Vaccination report Assam 1896-1927 - 1896-1927
Year: 1896
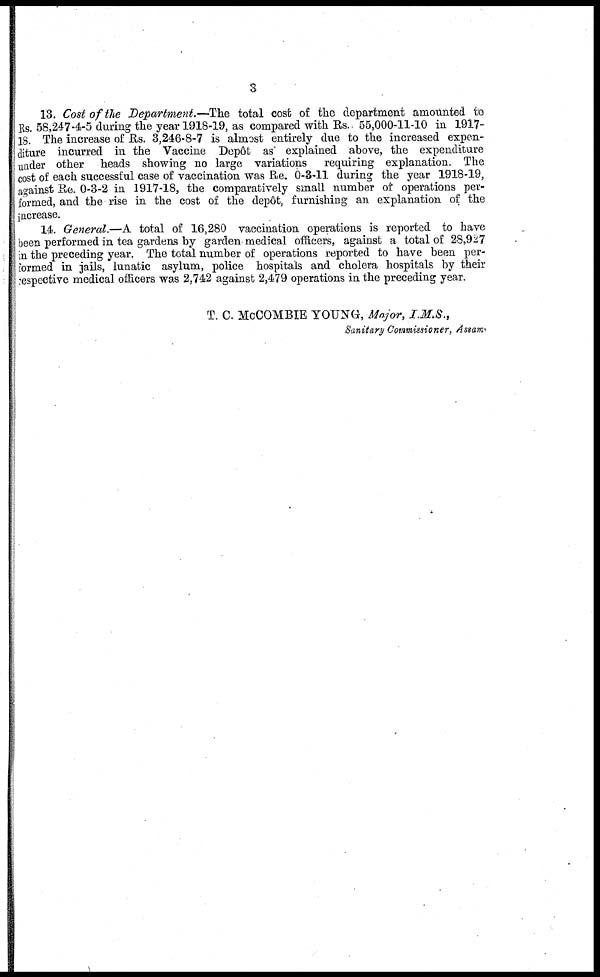
3
13. Cost of the Department.—The total cost of the department amounted to
Rs. 58,247-4-5 during the year 1918-19, as compared with Rs.. 55,000-11-10 in 1917-
18. The increase of Rs. 3,246-8-7 is almost entirely due to the increased expen-
diture incurred in the Vaccine Depôt as explained above, the expenditure
under other heads showing no large variations requiring explanation. The
cost of each successful case of vaccination was Re. 0-3-11 during the year 1918-19,
against Re. 0-3-2 in 1917-18, the comparatively small number of operations per-
formed, and the rise in the cost of the depôt, furnishing an explanation of the
increase.
14. General.—A total of 16,280 vaccination operations is reported to have
been performed in tea gardens by garden medical officers, against a total of 28,927
in the preceding year. The total number of operations reported to have been per-
formed in jails, lunatic asylum, police hospitals and cholera hospitals by their
respective medical officers was 2,742 against 2,479 operations in the preceding year.
T. C. McCOMBIE YOUNG, Major, I.M.S.,
Sanitary Commissioner, Assam.